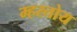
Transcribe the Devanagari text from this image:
म्हरतोय